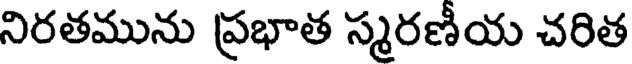
నిరతమును ప్రభాత స్మరణీయ చరిత